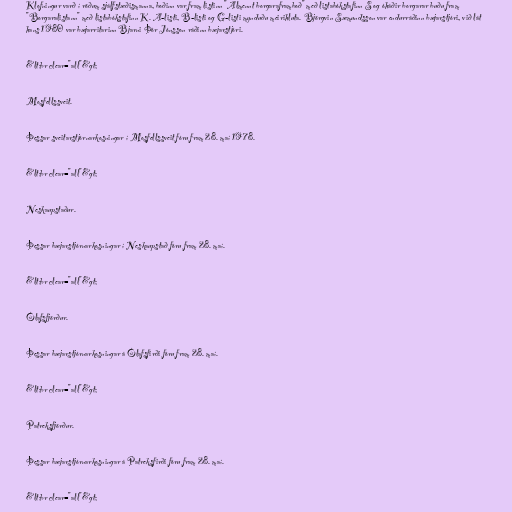
Klofningur varð í röðum sjálfstæðismanna, boðinn var fram listinn "Almennt borgaraframboð" með listabókstafinn S og óháðir borgarar buðu fram
"Borgaralistann" með listabókstafinn K. A-listi, B-listi og G-listi mynduðu meirihluta. Björgvin Sæmundsson var endurráðinn bæjarstjóri, við lát
hans 1980 var bæjarritarinn Bjarni Þór Jónsson ráðinn bæjarstjóri.

&lt;br clear="all"&gt;

Mosfellssveit.

Þessar sveitarstjórnarkosningar í Mosfellssveit fóru fram 28. maí 1978.

&lt;br clear="all"&gt;

Neskaupstaður.

Þessar bæjarstjórnarkosningar í Neskaupstað fóru fram 28. maí.

&lt;br clear="all"&gt;

Ólafsfjörður.

Þessar bæjarstjórnarkosningar á Ólafsfirði fóru fram 28. maí.

&lt;br clear="all"&gt;

Patreksfjörður.

Þessar bæjarstjórnarkosningar á Patreksfirði fóru fram 28. maí.

&lt;br clear="all"&gt;